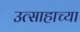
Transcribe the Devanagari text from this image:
उत्साहाच्या